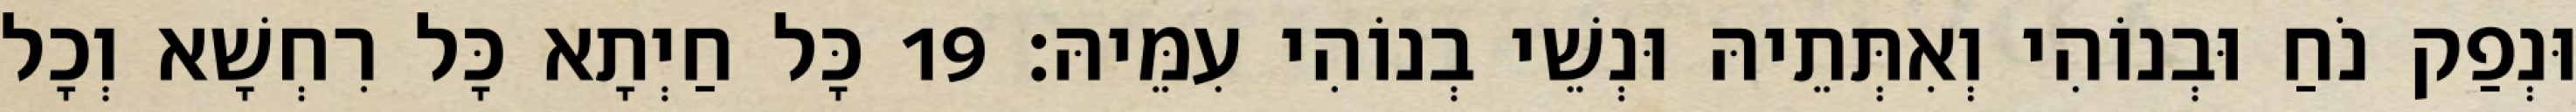
וּנְפַק נֹחַ וּבְנוֹהִי וְאִתְּתֵיהּ וּנְשֵׁי בְנוֹהִי עִמֵּיהּ׃ 19 כָּל חַיְתָא כָּל רִחְשָׁא וְכָל